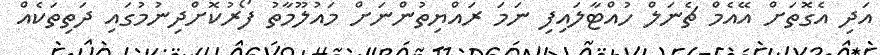
އަދި އެގޮތަށް އޭއެމް ޗެނަލް ހުއްޓާލައިފި ނަމަ ރައްޔިތުންނަށް މައުލޫމާތު ފޯރުކޮށްދިނުމުގައި ދަތިތަކެއް